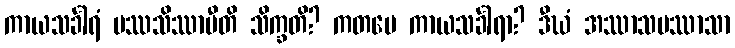
ကာယသင်္ခါရံ ပဿသိဿာမီတိ သိက္ခတိ? ကတမေ ကာယသင်္ခါရာ? ဒီဃံ အဿာသပဿာသာ